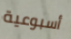
أسبوعية